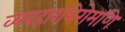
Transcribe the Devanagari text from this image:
व्यवहारशिरोमणि